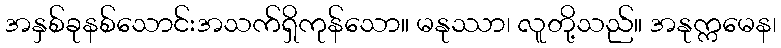
အနှစ်ခုနစ်သောင်းအသက်ရှိကုန်သော။ မနုဿာ၊ လူတို့သည်။ အနုက္ကမေန၊